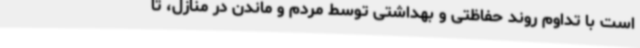
است با تداوم روند حفاظتی و بهداشتی توسط مردم و ماندن در منازل، تا